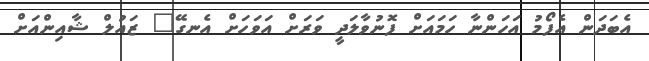
އެބަދަން އެފޯމު އަހަންނާ ހަމައަށް ފޮނުވާލަދީ ވަރަށް އަވަހަށް އެނގޭ" ޒައުލް ޝާއިންއަށް